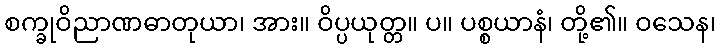
စက္ခုဝိညာဏဓာတုယာ၊ အား။ ဝိပ္ပယုတ္တ။ ပ။ ပစ္စယာနံ၊ တို့၏။ ဝသေန၊